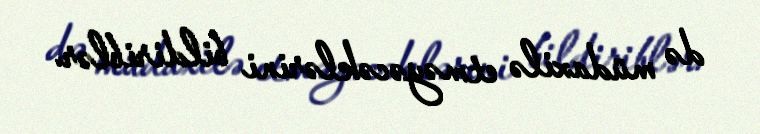
də müdaxilə etməyəcəklərini bildiriblər.